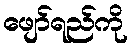
ဖျော်ရည်ကို